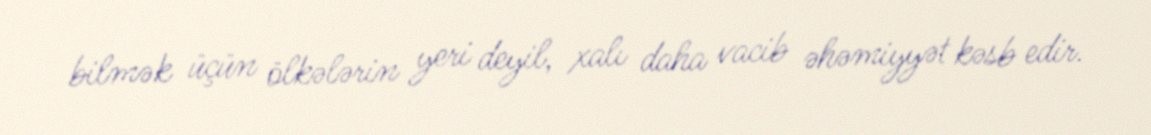
bilmək üçün ölkələrin yeri deyil, xalı daha vacib əhəmiyyət kəsb edir.